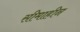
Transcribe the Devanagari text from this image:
सीमाहीन